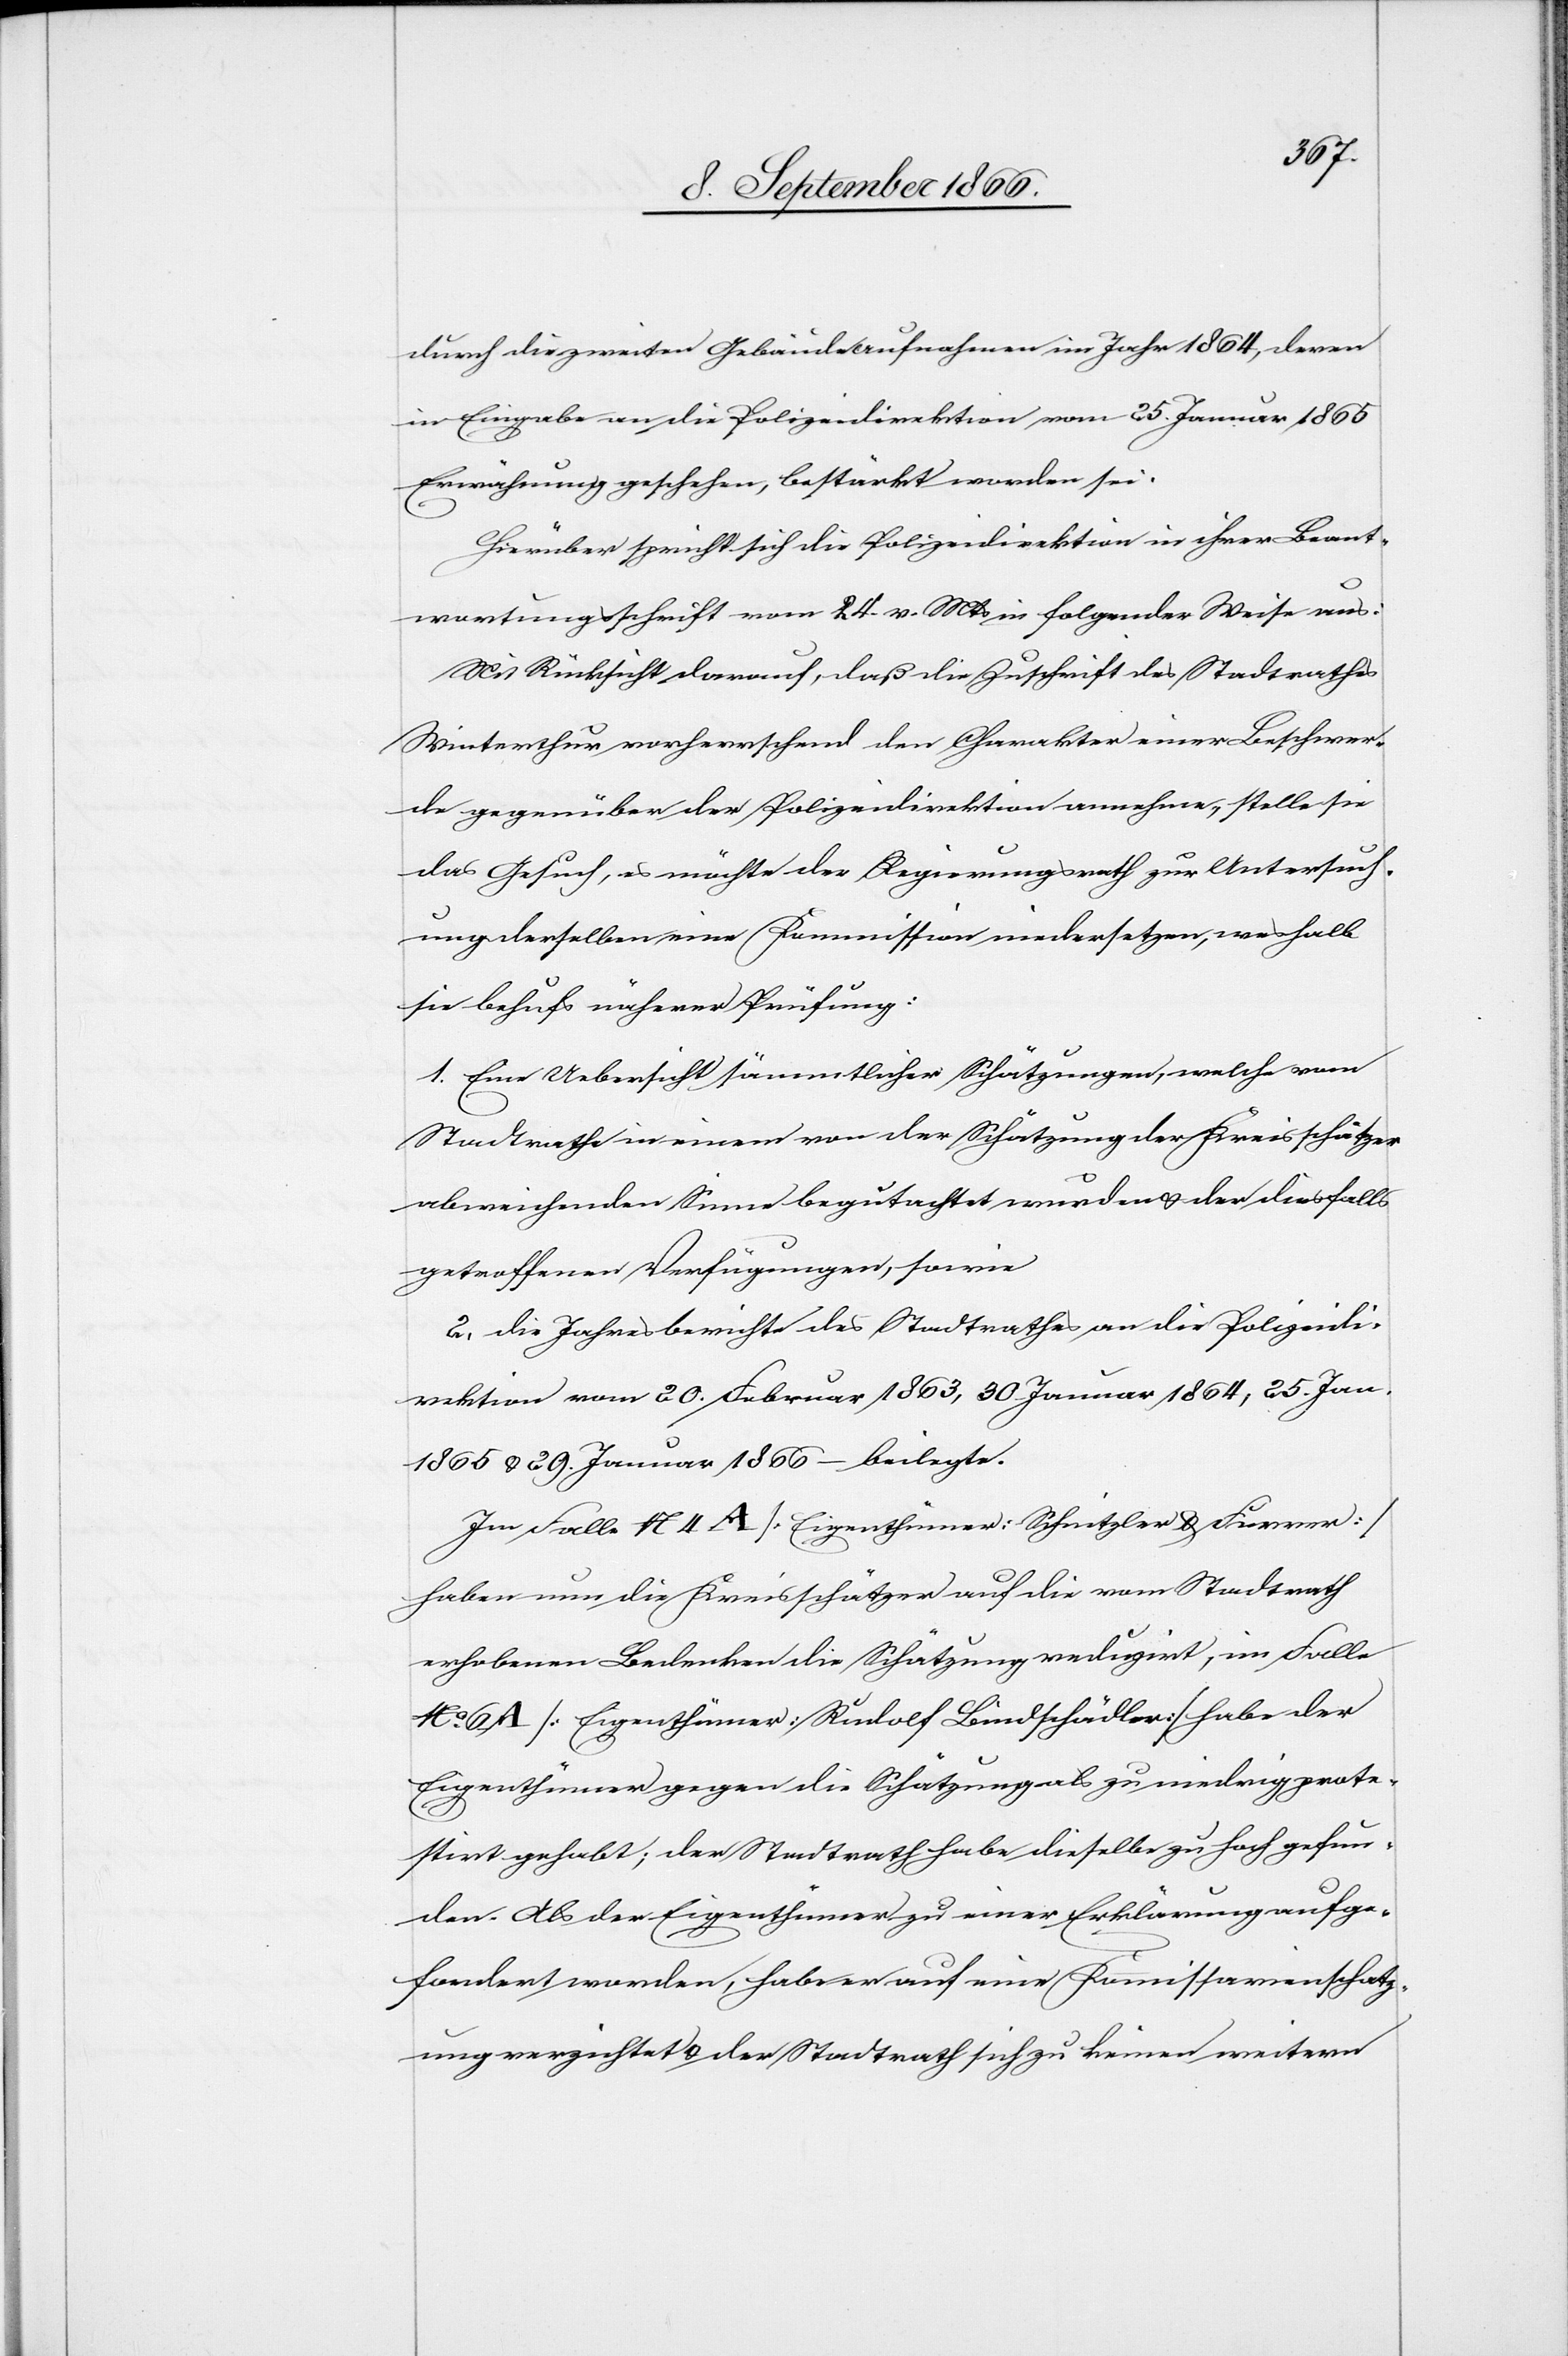
durch die zweiten Gebäudeaufnahmen im Jahr 1864, deren
in Eingabe an die Polizeidirektion vom 25. Januar 1865
Erwähnung geschehen, bestärkt worden sei.
Hierüber spricht sich die Polizeidirektion in ihrer Beant¬
wortungsschrift vom 24. v. Mts. in folgender Weise aus:
Mit Rücksicht darauf, daß die Zuschrift des Stadtrathes
Winterthur vorherrschend den Charakter einer Beschwer¬
de gegenüber der Polizeidirektion annehme, stelle sie
das Gesuch, es möchte der Regierungsrath zur Untersuch¬
ung derselben eine Kommission niedersetzen, weshalb
sie behufs näherer Prüfung:
1. Eine Uebersicht sämmtlicher Schätzungen, welche vom
Stadtrathe in einem von der Schätzung der Kreisschätzer
abweichenden Sinne begutachtet wurden u. der diesfalls
getroffenen Verfügungen sowie
2. die Jahresberichte des Stadtrathes an die Polizeidi¬
rektion vom 20. Februar 1863, 30 Januar 1864, 24. Jan.
1865 u. 29. Januar 1866 – beilegte.
Im Falle No 4 A [Eigenthümer: Schnitzler u. Furrer]
haben nun die Kreisschätzer auf die vom Stadtrath
erhobenen Bedenken die Schätzung reduzirt, im Falle
No. 6 A [Eigenthümer: Rudolf Bindschädler] habe der
Eigenthümer gegen die Schätzung als zu niedrig prote¬
stirt gehabt; der Stadtrath habe dieselbe zu hoch gefun¬
den. Als der Eigenthümer zu einer Erklärung aufge¬
fordert worden, habe er auf eine Komissarienschatz¬
ung verzichtet u. der Stadtrath sich zu keinen weitern